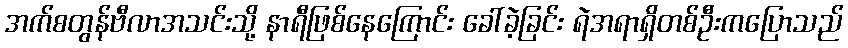
အက်စတွန်ဗီလာအသင်းသို့ နာရီဖြစ်နေကြောင်း ခေါ်ခဲ့ခြင်း ရဲအရာရှိတစ်ဦးကပြောသည်